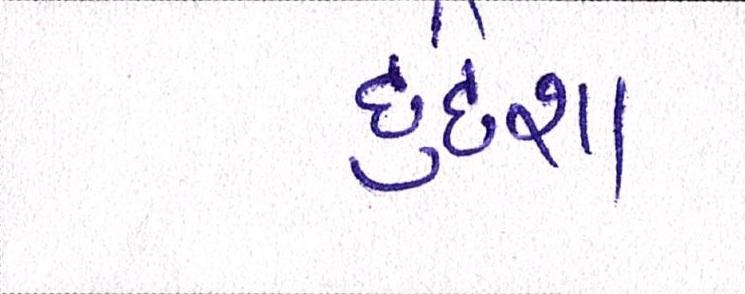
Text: દુર્દશા